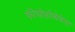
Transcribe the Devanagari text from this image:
फीयोडोसेवेना